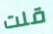
قلت